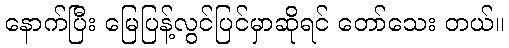
နောက်ပြီး မြေပြန့်လွင်ပြင်မှာဆိုရင် တော်သေး တယ်။